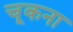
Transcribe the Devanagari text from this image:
चूकना